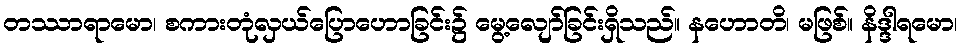
တဿာရာမော၊ စကားတုံလှယ်ပြောဟောခြင်း၌ မွေ့လျော်ခြင်းရှိသည်။ နဟောတိ၊ မဖြစ်။ နိဒ္ဒါရမော၊